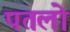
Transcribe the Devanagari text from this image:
पतलो